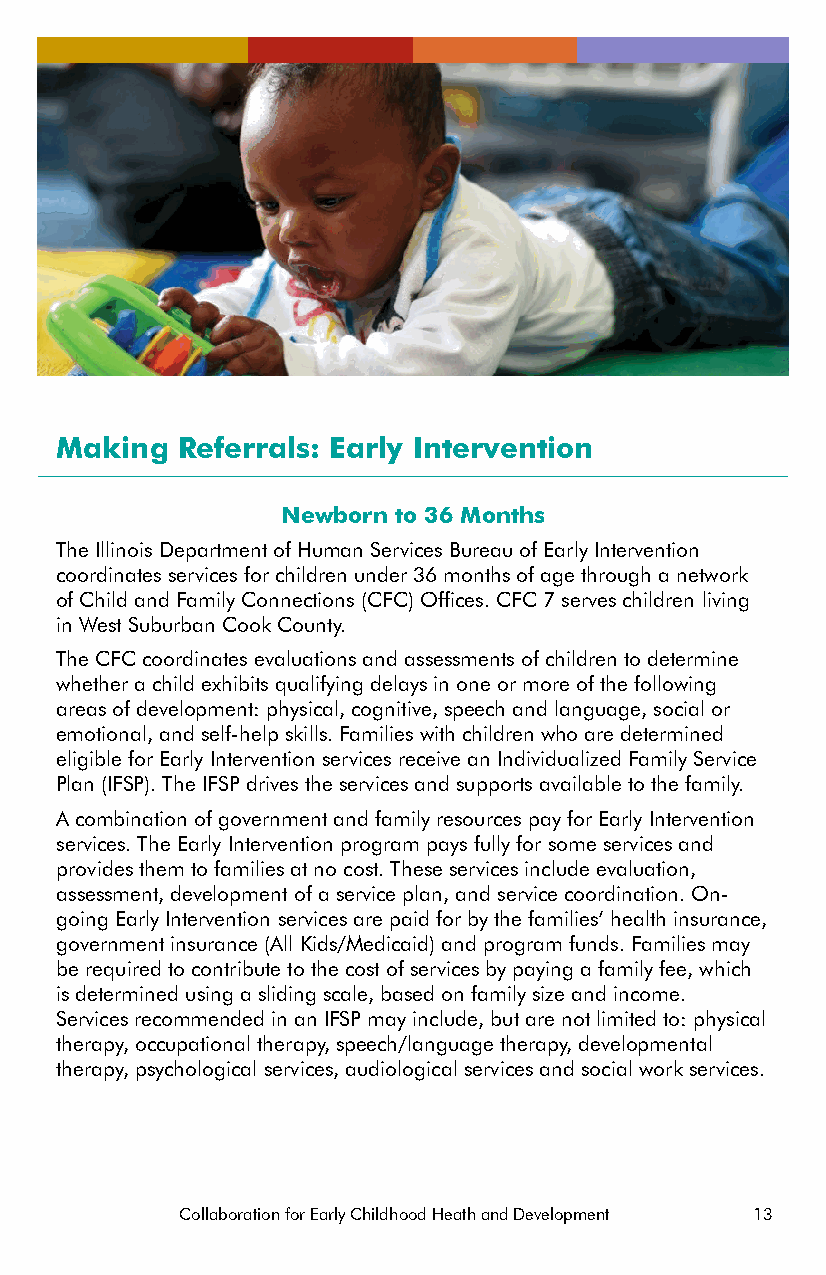
Making  Referrals: Early Intervention
 Newborn to 36 Months
 The Illinois Department of Human Services Bureau of Early Intervention
 coordinates services for children under 36 months of age through a network
 of Child and Family Connections (CFC) Offices. CFC 7 serves children living
 in West Suburban Cook County.
 The CFC coordinates evaluations and assessments of children to determine
 whether a child exhibits qualifying delays in one or more of the following
 areas of development: physical, cognitive, speech and language, social or
 emotional, and self-help skills. Families with children who are determined
 eligible for Early Intervention services receive an Individualized Family Service
 Plan (IFSP). The IFSP drives the services and supports available to the family.
 A combination of government and family resources pay for Early Intervention
 services. The Early Intervention program pays fully for some services and
 provides them to families at no cost. These services include evaluation,
 assessment, development of a service plan, and service coordination. On-
 going Early Intervention services are paid for by the families’ health insurance,
 government insurance (All Kids/Medicaid) and program funds. Families may
 be required to contribute to the cost of services by paying a family fee, which
 is determined using a sliding scale, based on family size and income.
 Services recommended in an IFSP may include, but are not limited to: physical
 therapy, occupational therapy, speech/language therapy, developmental
 therapy, psychological services, audiological services and social work services.
 Collaboration for Early Childhood Heath and Development 13